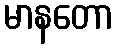
မာနတော